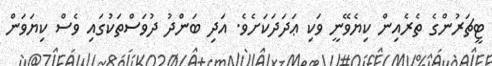
ޓީޗަރުންގެ ތެރެއިން ކިޔެވޭނީ ވަކި ޢަދަދަކަށެވެ. އަދި ބަންދު ދުވަސްތަކުގައި ވެސް ކިޔަވަން